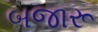
બજારૂ